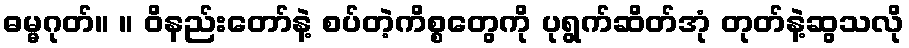
ဓမ္မဂုတ်။ ။ ဝိနည်းတော်နဲ့ စပ်တဲ့ကိစ္စတွေကို ပုရွက်ဆိတ်အုံ တုတ်နဲ့ဆွသလို